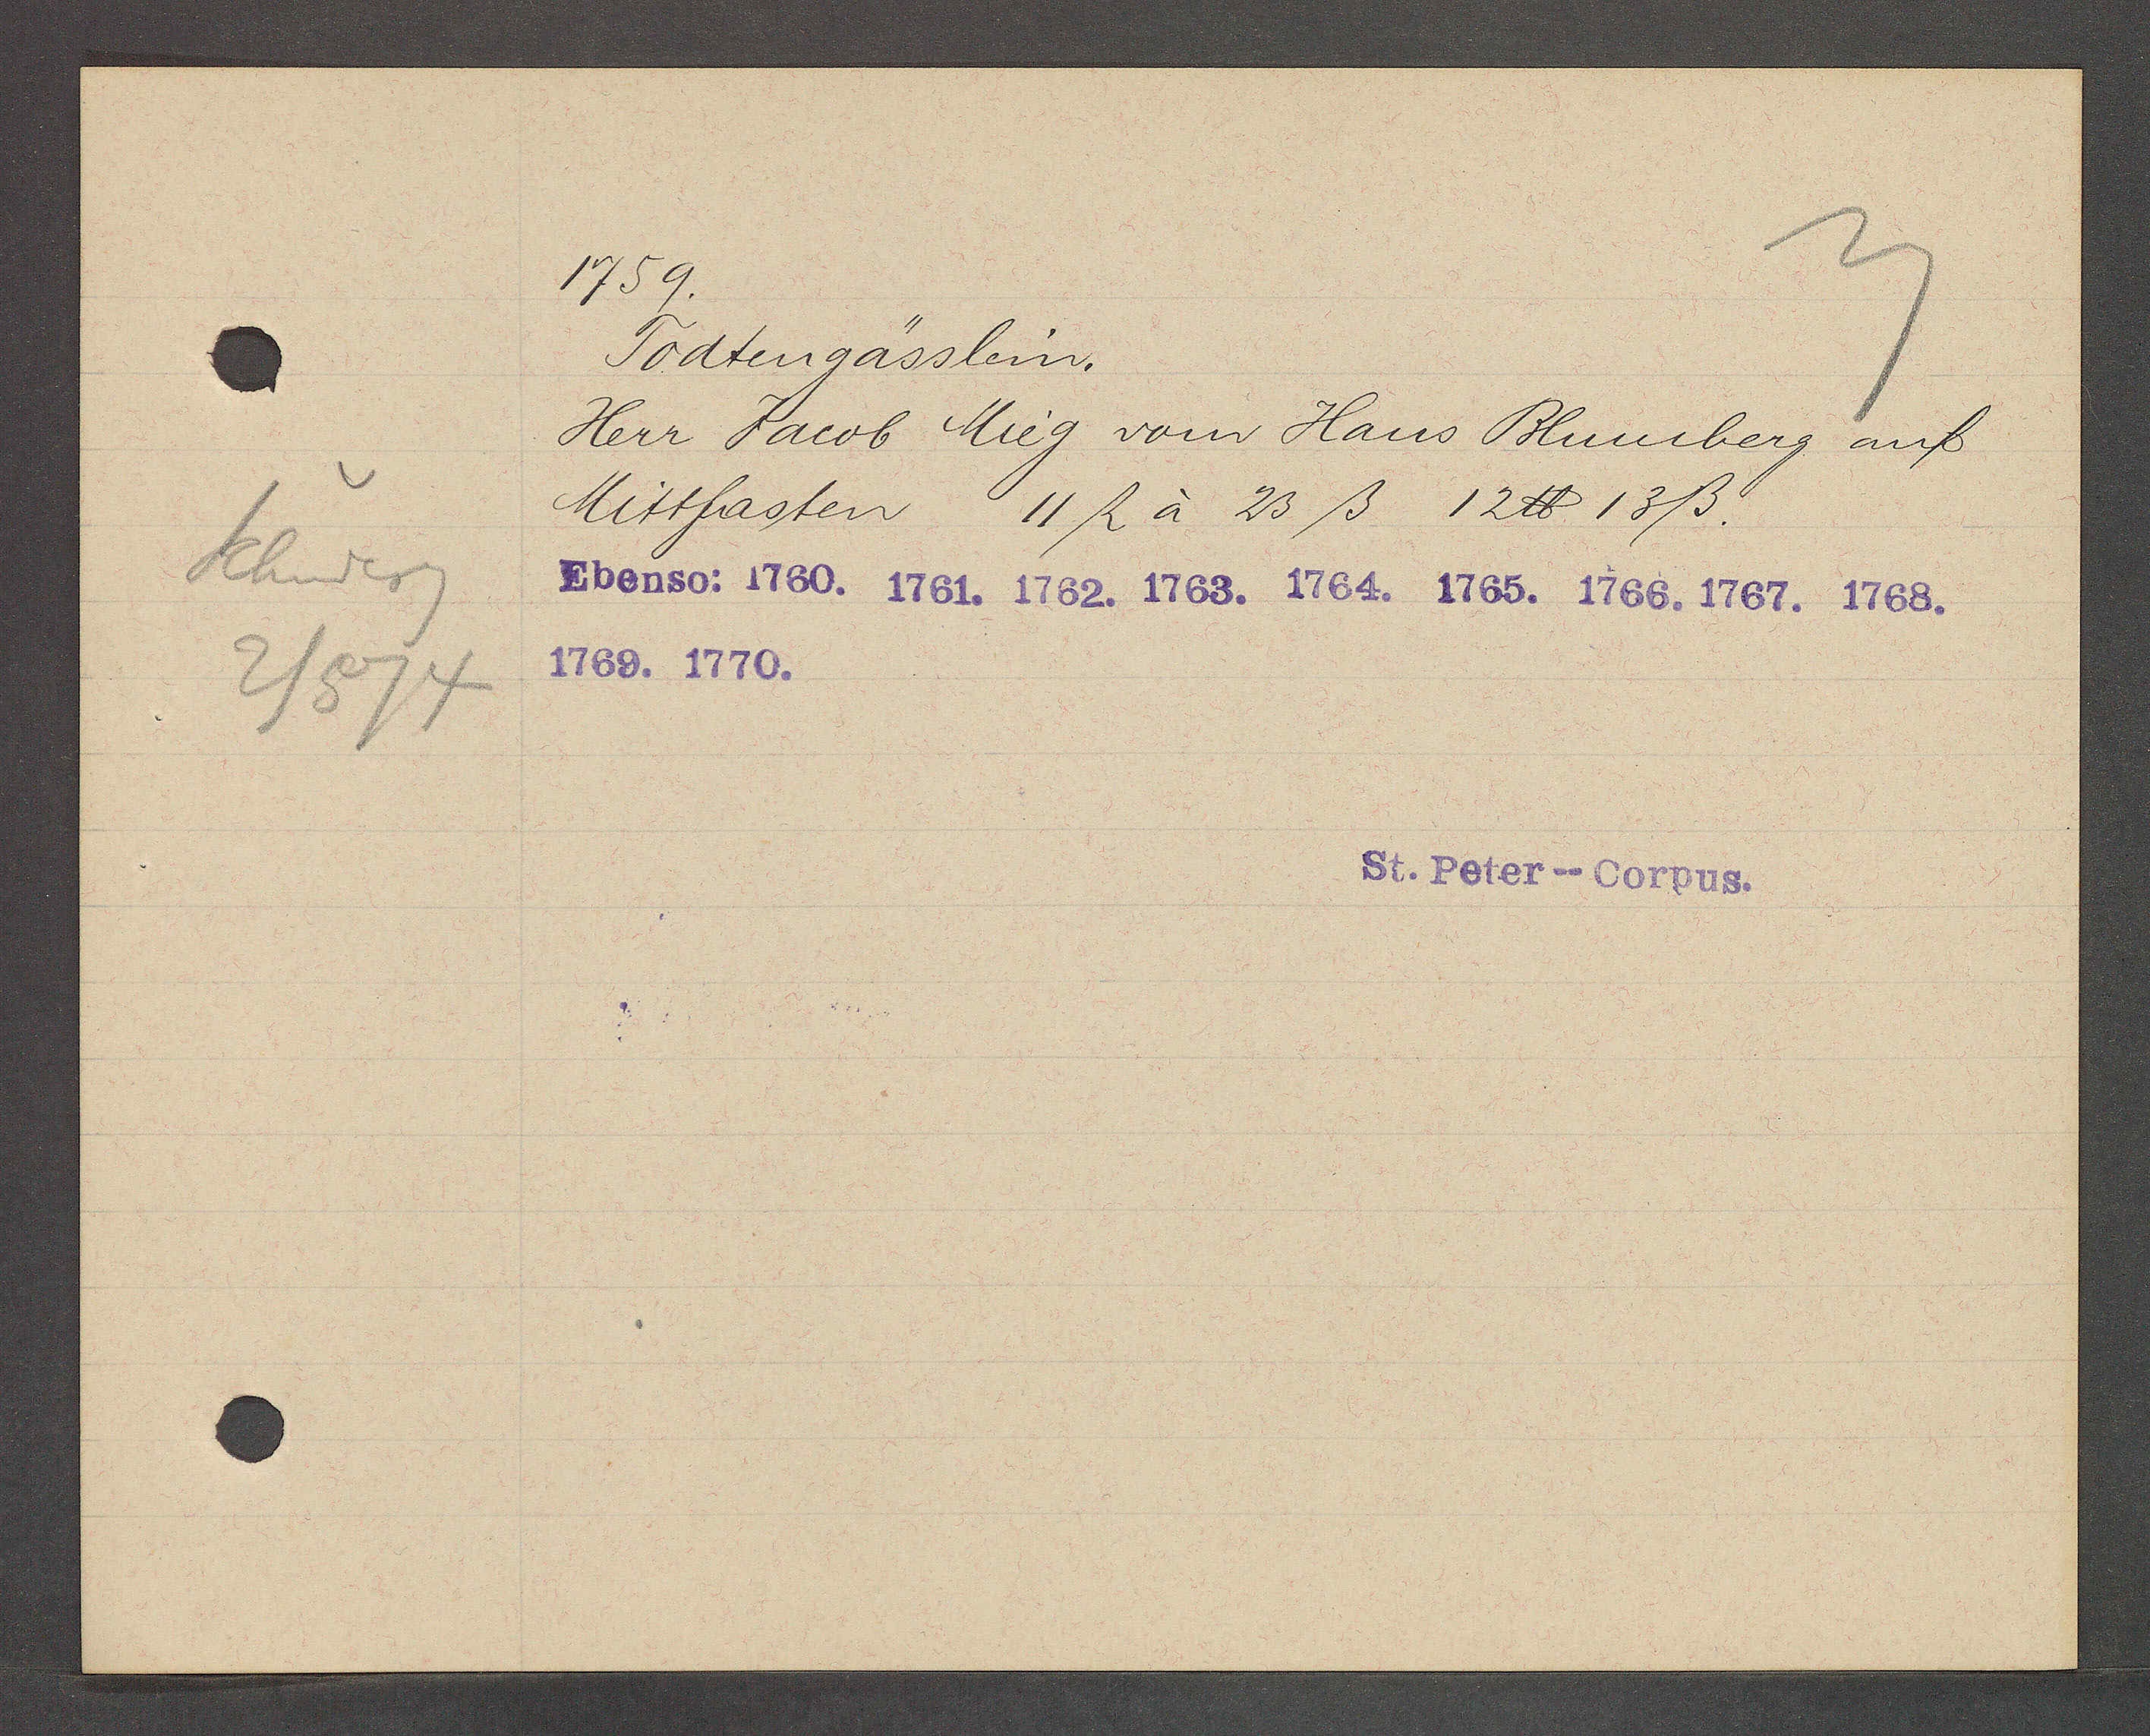
Transcript:
Schniderg
2/574

1759.

Todtengässlein.
Herr Jacob Mieg vom Haus Blumberg auf
Mittfasten 11 ﬂ à 23 ß 12 ℔ 13ß.
Ebenso: 1760. 1761. 1762. 1763. 1764. 1765. 1766. 1767. 1768.
1769. 1770.

St. Peter--Corpus.